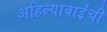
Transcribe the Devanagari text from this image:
अहिल्याबाईंची